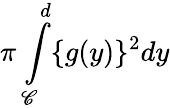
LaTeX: \pi\int\limits_{\mathscr{C}}^{d}\{ g(y)\} ^{2}dy